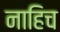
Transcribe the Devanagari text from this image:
नाहिच